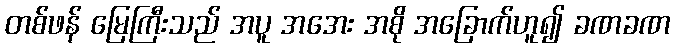
တစ်ဖန် မြေကြီးသည် အပူ အအေး အစို အခြောက်ဟူ၍ ခဏခဏ